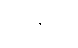
မဒနီယံ